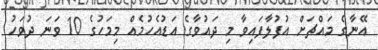
އޭނާގެ މައްޗަށް އުފުލާފައިވާ މި ދައުވާގެ އަޑުއެހުމެއް މިމަހުގެ 10 ވަނަ ދުވަހު